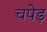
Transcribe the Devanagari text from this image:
चपेड़